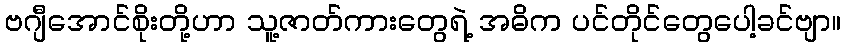
ဗဂျီအောင်စိုးတို့ဟာ သူ့ဇာတ်ကားတွေရဲ့ အဓိက ပင်တိုင်တွေပေါ့ခင်ဗျာ။